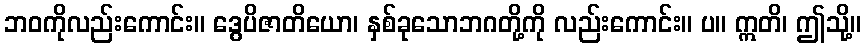
ဘဝကိုလည်းကောင်း။ ဒွေပိဇာတိယော၊ နှစ်ခုသောဘဂတို့ကို လည်းကောင်း။ ပ။ ဣတိ၊ ဤသို့။